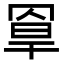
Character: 𦋃